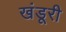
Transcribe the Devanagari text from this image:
खंडूरी